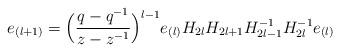
LaTeX: \begin{align*}e_{(l+1)}=\Big(\frac{q-q^{-1}}{z-z^{-1}}\Big)^{l-1}e_{(l)}H_{2l}H_{2l+1}H_{2l-1}^{-1}H_{2l}^{-1}e_{(l)}\end{align*}